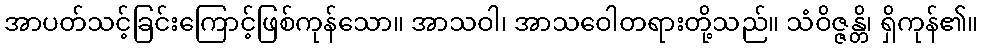
အာပတ်သင့်ခြင်းကြောင့်ဖြစ်ကုန်သော။ အာသဝါ၊ အာသဝေါတရားတို့သည်။ သံဝိဇ္ဇန္တိ၊ ရှိကုန်၏။